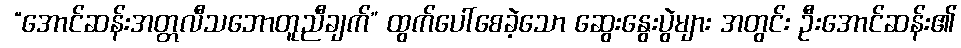
 “အောင်ဆန်းအတ္တလီသဘောတူညီချက်” ထွက်ပေါ်စေခဲ့သော ဆွေးနွေးပွဲများ အတွင်း ဦးအောင်ဆန်း၏